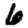
Digit: 6